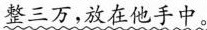
整三万，放在他手中。